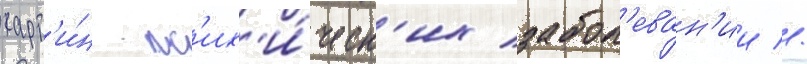
карт'и́н пс'их'и́ческ'их забол'еван'ии //